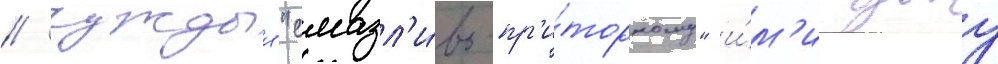
/ чуждыи "смазл'и́во-пр'и́торному" и́м'иджу